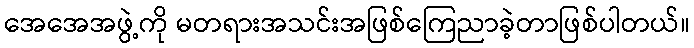
အေအေအဖွဲ့ကို မတရားအသင်းအဖြစ်ကြေညာခဲ့တာဖြစ်ပါတယ်။